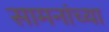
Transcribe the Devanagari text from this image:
सामनांच्या